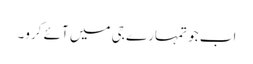
اب جو تمہارے جی میں آئے کرو۔